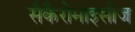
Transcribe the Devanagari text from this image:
सैकैरोमाइसीज